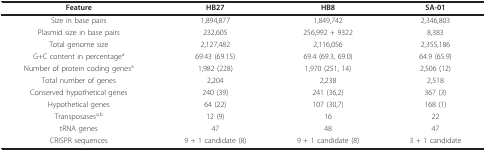
| Feature | HB27 | HB8 | SA-01 |
 | --- | --- | --- | --- |
 | Size in base pairs | 1,894,877 | 1,849,742 | 2,346,803 |
 | Plasmid size in base pairs | 232,605 | 256,992 + 9322 | 8,383 |
 | Total genome size | 2,127,482 | 2,116,056 | 2,355,186 |
 | G+C content in percentagea | 69.43 (69.15) | 69.4 (69.3, 69.0) | 64.9 (65.9) |
 | Number of protein coding genesa | 1,982 (228) | 1,970 (251, 14) | 2,506 (12) |
 | Total number of genes | 2,204 | 2,238 | 2,518 |
 | Conserved hypothetical genes | 240 (39) | 241 (36,2) | 367 (3) |
 | Hypothetical genes | 64 (22) | 107 (30,7) | 168 (1) |
 | Transposasesa,b | 12 (9) | 16 | 22 |
 | tRNA genes | 47 | 48 | 47 |
 | CRISPR sequences | 9 + 1 candidate (8) | 9 + 1 candidate (8) | 3 + 1 candidate |